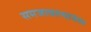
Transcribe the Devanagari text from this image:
समजावल्यानंतर